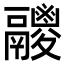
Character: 𩱛